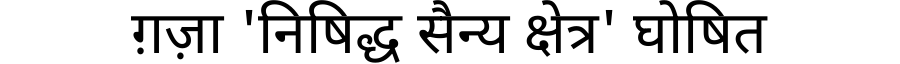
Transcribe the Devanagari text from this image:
ग़ज़ा 'निषिद्ध सैन्य क्षेत्र' घोषित